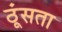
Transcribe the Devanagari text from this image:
ठूंसता